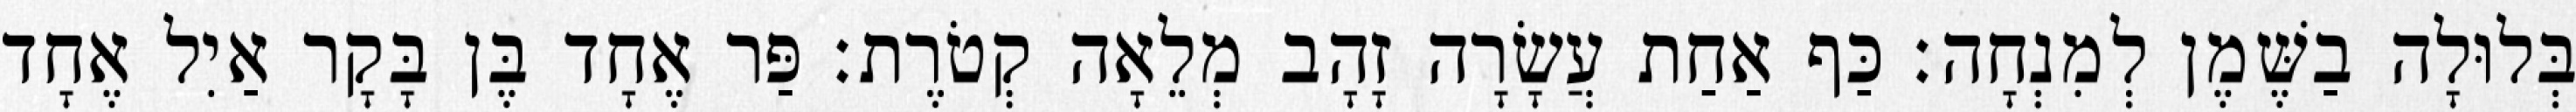
בְּלוּלָה בַשֶּׁמֶן לְמִנְחָה׃ כַּף אַחַת עֲשָׂרָה זָהָב מְלֵאָה קְטֹרֶת׃ פַּר אֶחָד בֶּן בָּקָר אַיִל אֶחָד